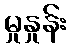
မှုနှုန်း